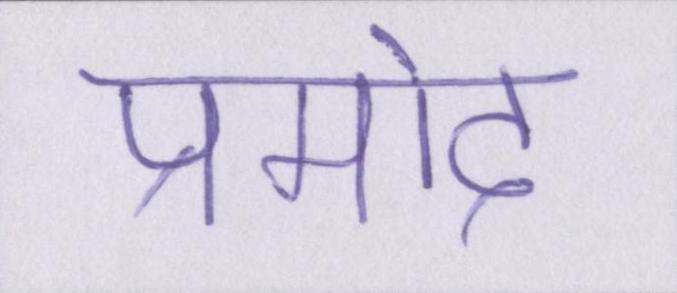
प्रमोद